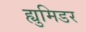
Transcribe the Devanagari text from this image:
ह्युमिडर